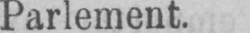
Parlement.